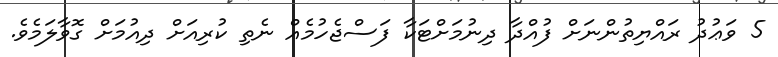
5 ވަޢުދު ރައްޔިތުންނަށް ފުއްދާ ދިނުމަށްޓަކާ ފަސްޖެހުމެއް ނެތި ކުރިއަށް ދިއުމަށް ގޮވާލަމެވެ.